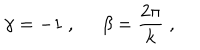
LaTeX: \gamma = - 1 \; , \; \; \beta = \frac { 2 \pi } k \; ,